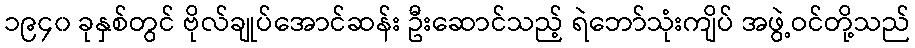
၁၉၄၀ ခုနှစ်တွင် ဗိုလ်ချုပ်အောင်ဆန်း ဦးဆောင်သည့် ရဲဘော်သုံးကျိပ် အဖွဲ့ဝင်တို့သည်